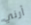
أرني